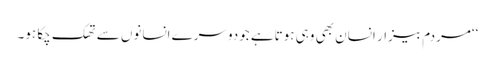
‘‘مردم بیزار انسان بھی وہی ہوتاہے جودوسرے انسانوں سے تھک چکا ہو۔